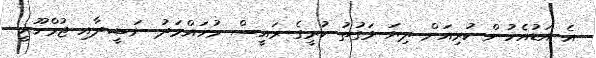
އެ އަޑުއެހުން ކުރިއަށް ދިޔަ ވަގުތު ކުރީގެ ރައީސް މުހައްމަދު ނަޝީދާއި ޖުމްހޫރީ